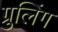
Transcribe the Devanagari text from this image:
ग्रुलिंग